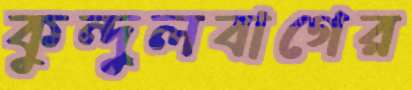
কুন্দুলবাগের